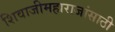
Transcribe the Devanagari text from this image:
शिवाजीमहाराजांसाठी